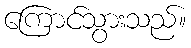
ကြောင်သွားသည်။